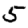
Digit: 5